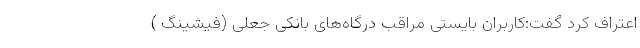
اعتراف کرد گفت:کاربران بایستی مراقب درگاه‌های بانکی جعلی (فیشینگ )